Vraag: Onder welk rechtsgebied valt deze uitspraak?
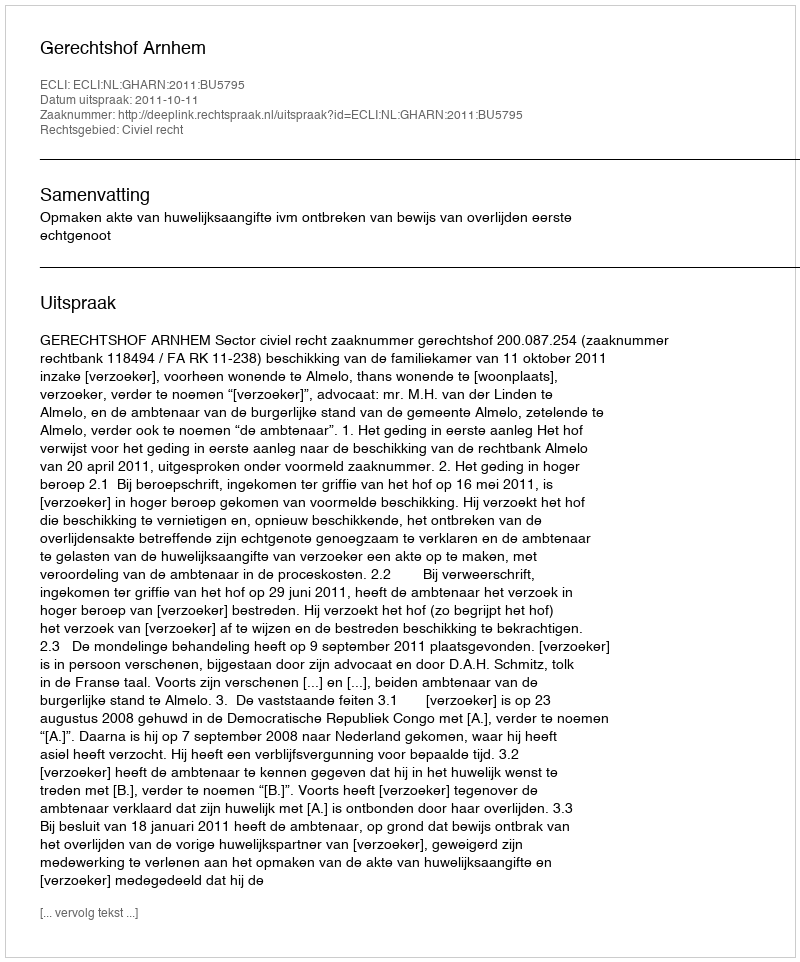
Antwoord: Civiel recht